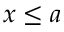
x \leq a